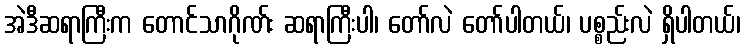
အဲဒီဆရာကြီးက တောင်သာဂိုဏ်း ဆရာကြီးပါ၊ တော်လဲ တော်ပါတယ်၊ ပစ္စည်းလဲ ရှိပါတယ်၊